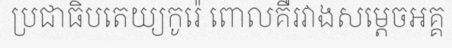
ប្រជាធិបតេយ្យកូរ៉េ ពោលគឺរវាងសម្តេចអគ្គ